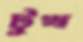
টুখ